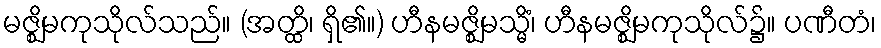
မဇ္ဈိမကုသိုလ်သည်။ (အတ္ထိ၊ ရှိ၏။) ဟီနမဇ္ဈိမသ္မိံ၊ ဟီနမဇ္ဈိမကုသိုလ်၌။ ပဏီတံ၊